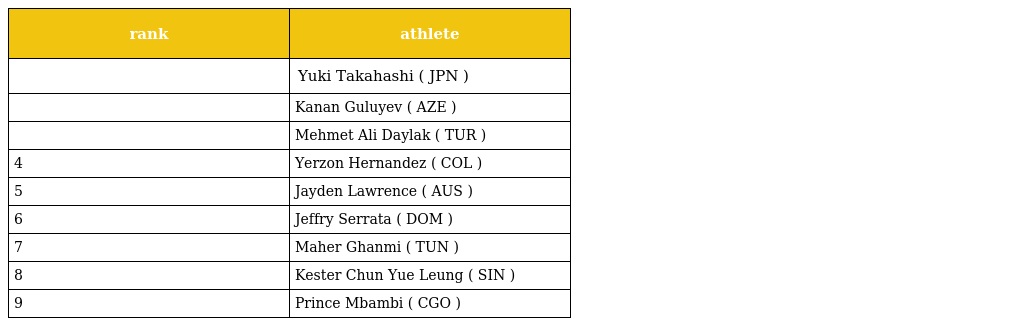
| rank | athlete |
 | --- | --- |
 |  | Yuki Takahashi ( JPN ) |
 |  | Kanan Guluyev ( AZE ) |
 |  | Mehmet Ali Daylak ( TUR ) |
 | 4 | Yerzon Hernandez ( COL ) |
 | 5 | Jayden Lawrence ( AUS ) |
 | 6 | Jeffry Serrata ( DOM ) |
 | 7 | Maher Ghanmi ( TUN ) |
 | 8 | Kester Chun Yue Leung ( SIN ) |
 | 9 | Prince Mbambi ( CGO ) |